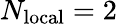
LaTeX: N_{\mathrm{local}}=2